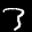
Label: 3